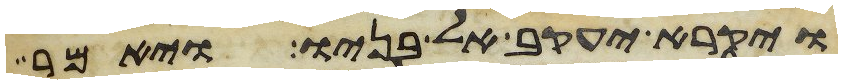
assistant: ויקרא יעקב אל בניו ויאמר